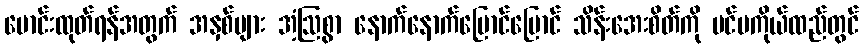
မောင်းထုတ်ရန်အတွက် အနှစ်များ အံ့ဩစွာ နောက်နောက်ပြောင်ပြောင် သိန်းအေးစိတ်ကို ပင်မကိုယ်ထည်တွင်